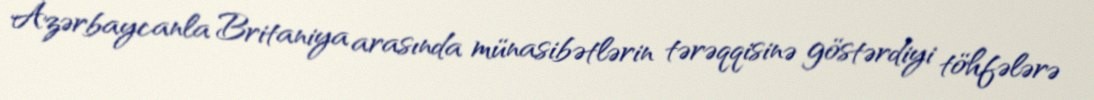
Azərbaycanla Britaniya arasında münasibətlərin tərəqqisinə göstərdiyi töhfələrə